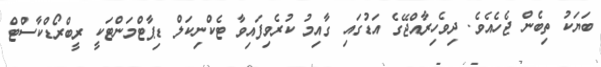
ބަޔަކު ތިބެން ޖެހެއެވެ. ދިވެހިރާއްޖޭގެ އަޑުގައި ގާއިމު ކުރެވިފައިވާ ޓެކްނިކަލް ޑިޕާޓްމަންޓަކީ ރީބްރޯޑްކާސްޓް